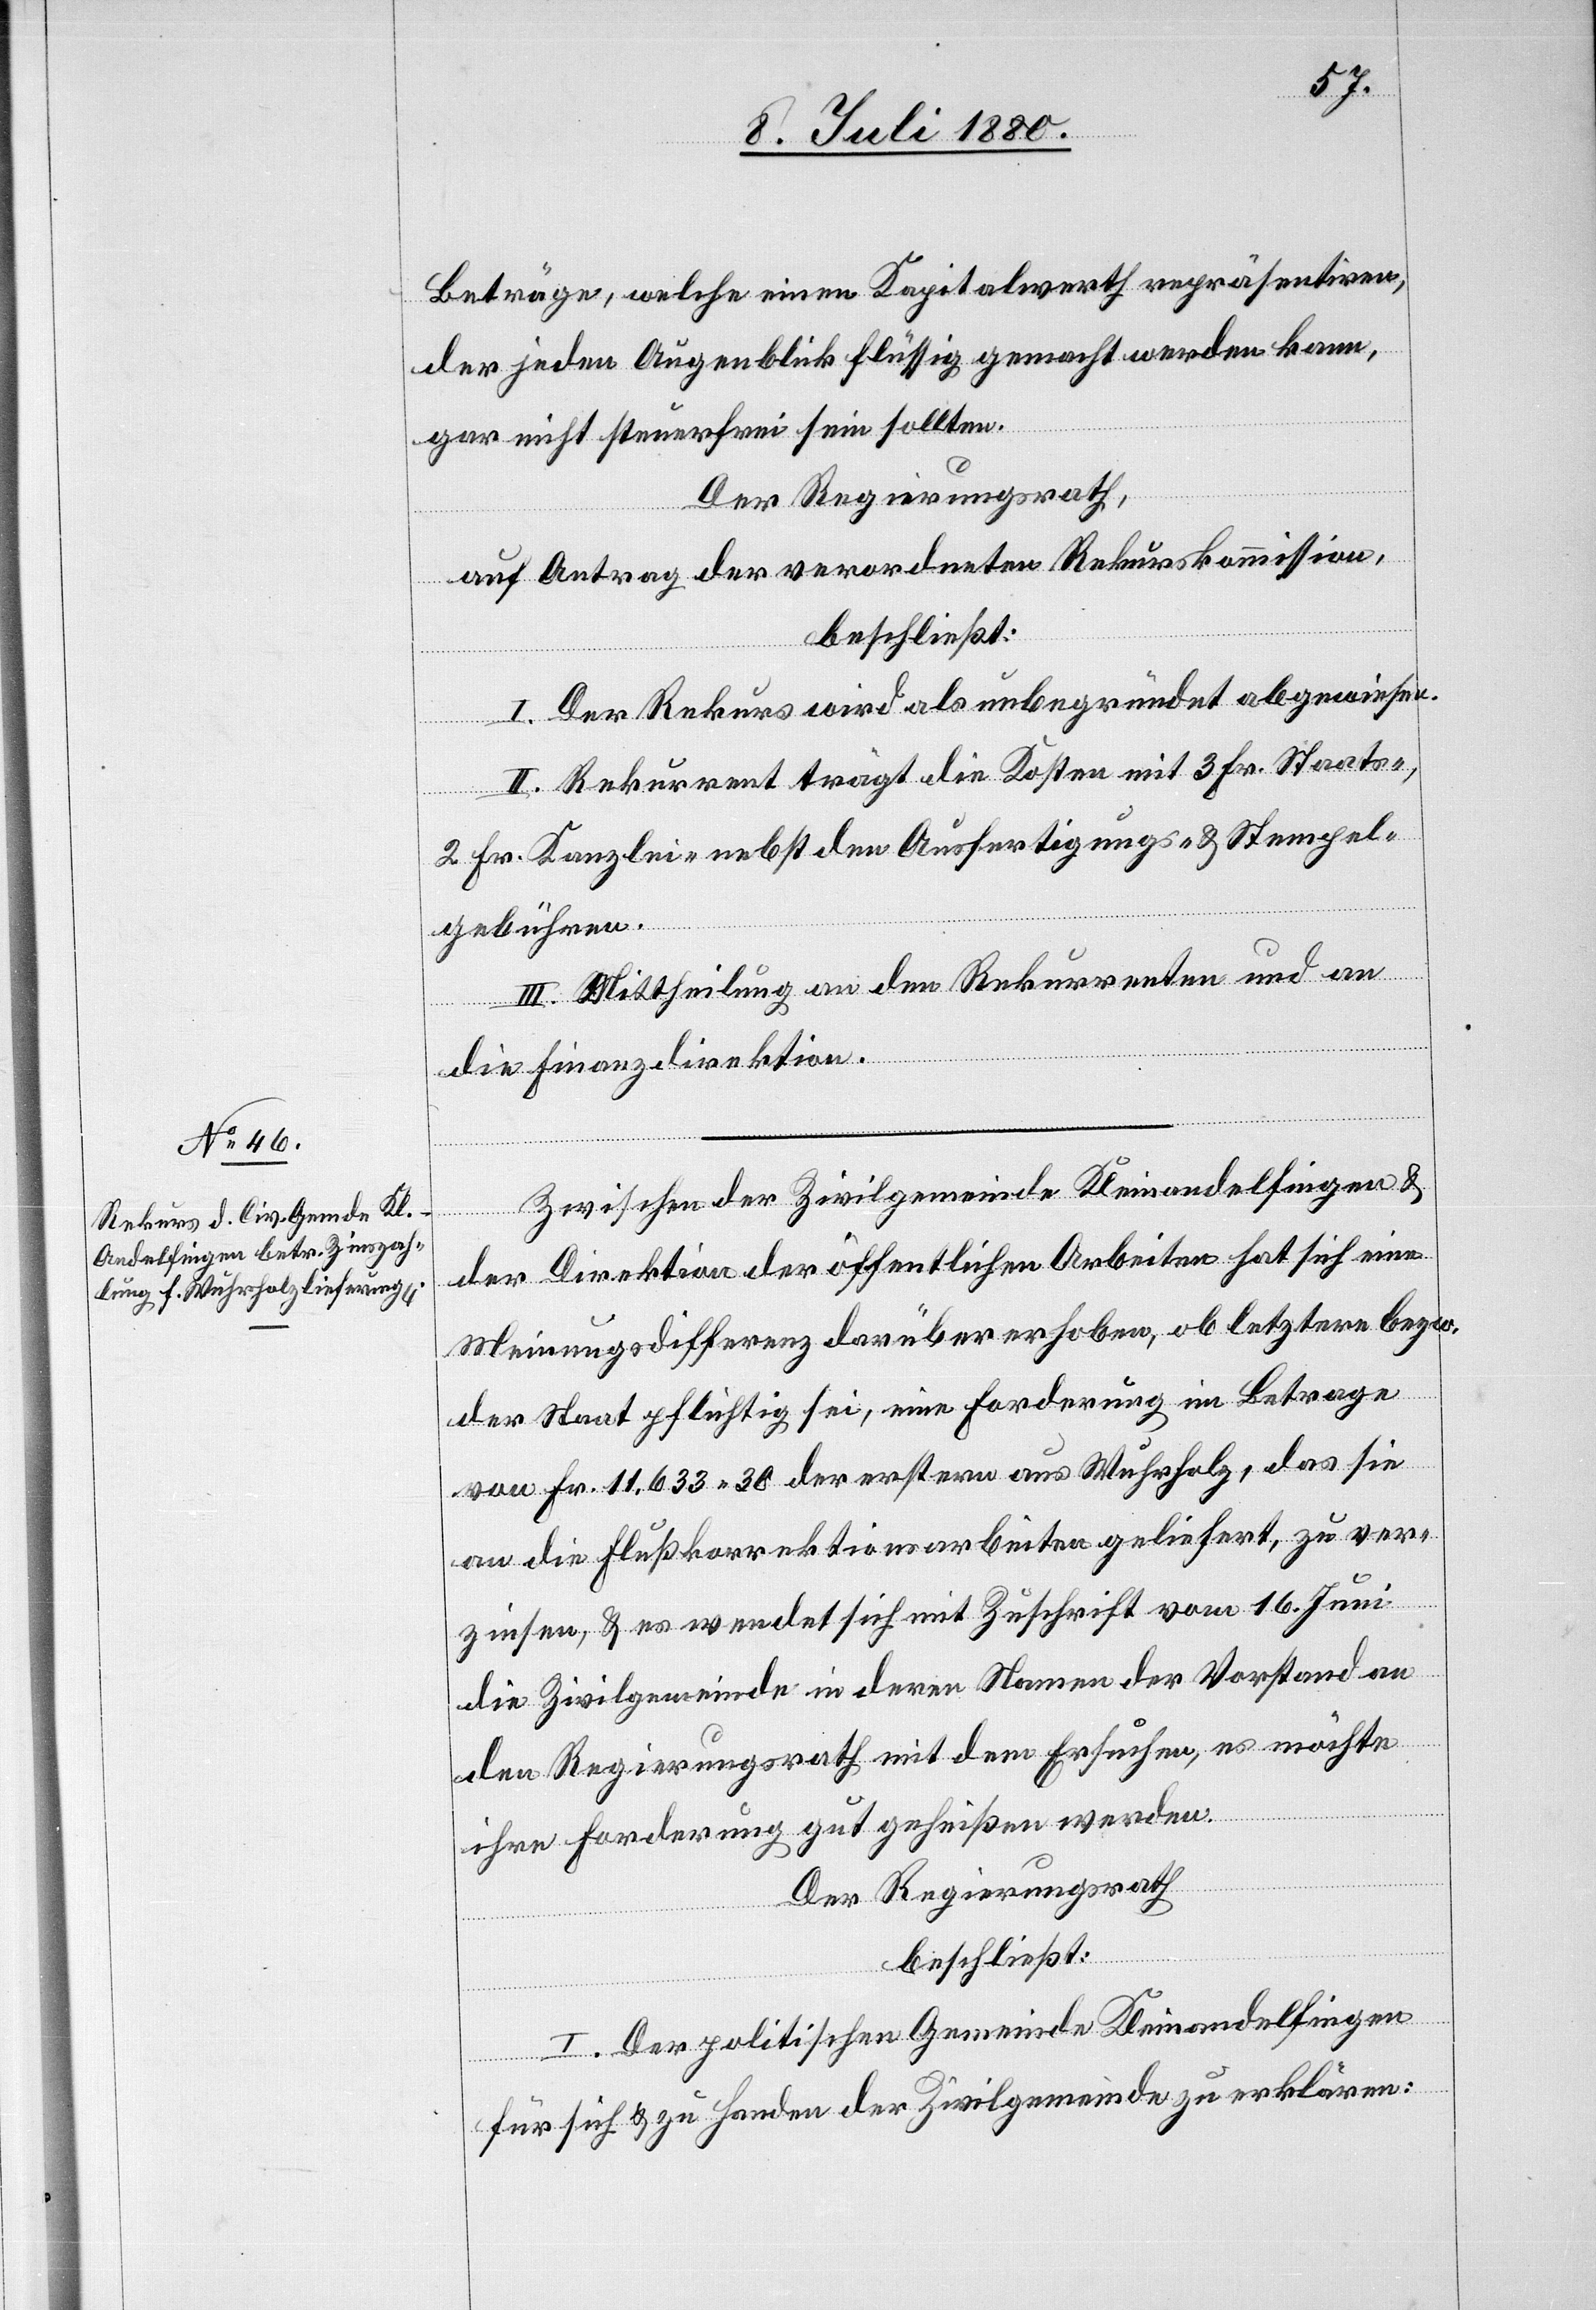
Beträge, welche einen Kapitalwerth repräsentiren,
der jeden Augenblick flüssig gemacht werden kann,
gar nicht steuerfrei sein sollten.
Der Regierungsrath,
auf Antrag der verordneten Rekurskommission,
beschließt:
I. Der Rekurs wird als unbegründet abgewiesen.
II. Rekurrent trägt die Kosten mit 3 Fr. Staats-,
2 Fr. Kanzlei- nebst den Ausfertigungs- & Stempel¬
gebühren.
III. Mittheilung an den Rekurrenten und an
die Finanzdirektion.
Zwischen der Zivilgemeinde Kleinandelfingen &
der Direktion der öffentlichen Arbeiten hat sich eine
Meinungsdifferenz darüber erhoben, ob letztere bezw.
der Staat pflichtig sei, eine Forderung im Betrage
von Fr. 11,633 30 der erstern aus Wuhrholz, das sie
an die Flußkorrektionsarbeiten geliefert, zu ver¬
zinsen, & es wendet sich mit Zuschrift vom 16. Juni
die Zivilgemeinde in deren Namen der Vorstand an
den Regierungsrath mit dem Ersuchen, es möchte
ihre Forderung gut geheißen werden.
Der Regierungsrath
beschließt:
I. Der politischen Gemeinde Kleinandelfingen
für sich & zu Handen der Zivilgemeinde zu erklären: